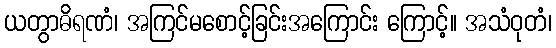
ယတွာဓိရဏံ၊ အကြင်မစောင့်ခြင်းအကြောင်း ကြောင့်။ အသံဝုတံ၊